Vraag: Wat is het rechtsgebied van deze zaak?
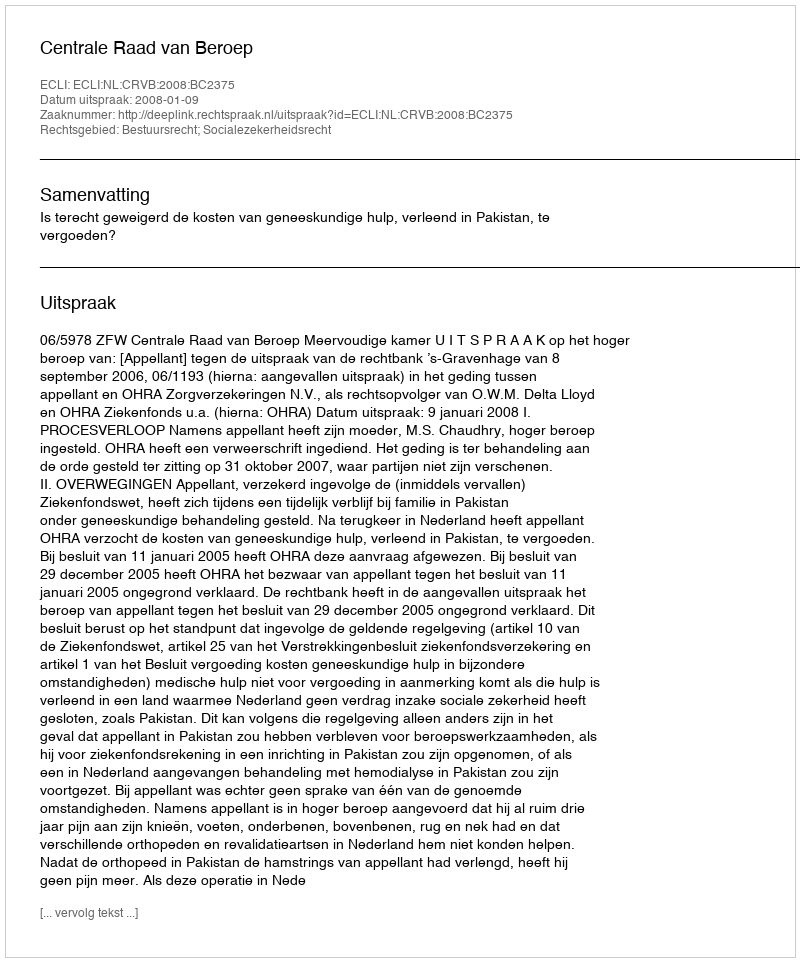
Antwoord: Bestuursrecht; Socialezekerheidsrecht